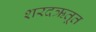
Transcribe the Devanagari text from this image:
शरदऋतूत